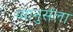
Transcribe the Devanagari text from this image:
प्यानुर्सला